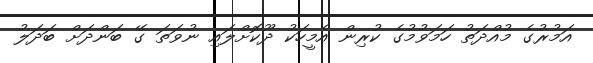
އަމުރުގެ މުއްދަތު ހަމަވުމުގެ ކުރިން އެމީހަކު ދޫކޮށްލައި ނުވަތަ ގޭ ބަންދަށް ބަދަލު